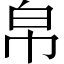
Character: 帛